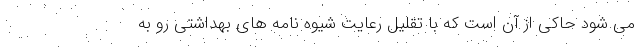
می شود حاکی از آن است که با تقلیل رعایت شیوه نامه های بهداشتی رو به